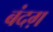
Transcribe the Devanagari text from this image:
बंदग़